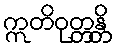
ဣတိဝုတ္တန္တိ